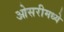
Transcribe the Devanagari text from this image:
ओसरीमध्ये